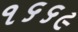
૧૬૬૯